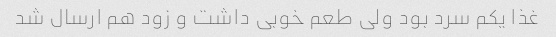
غذا یکم سرد بود ولی طعم خوبی داشت و زود هم ارسال شد